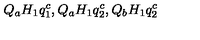
Q _ { a } H _ { 1 } q _ { 1 } ^ { c } , Q _ { a } H _ { 1 } q _ { 2 } ^ { c } , Q _ { b } H _ { 1 } q _ { 2 } ^ { c }